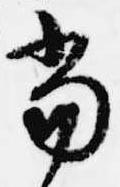
当